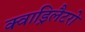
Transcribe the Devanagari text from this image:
क्वाड्रिलैटरो